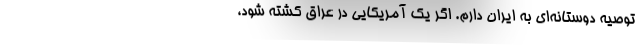
توصیه دوستانه‌ای به ایران دارم. اگر یک آمریکایی در عراق کشته شود،